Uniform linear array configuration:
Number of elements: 64
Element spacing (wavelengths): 0.75
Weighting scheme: cosine
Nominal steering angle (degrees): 15
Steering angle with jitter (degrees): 13.901
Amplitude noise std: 0.05
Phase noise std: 0.05

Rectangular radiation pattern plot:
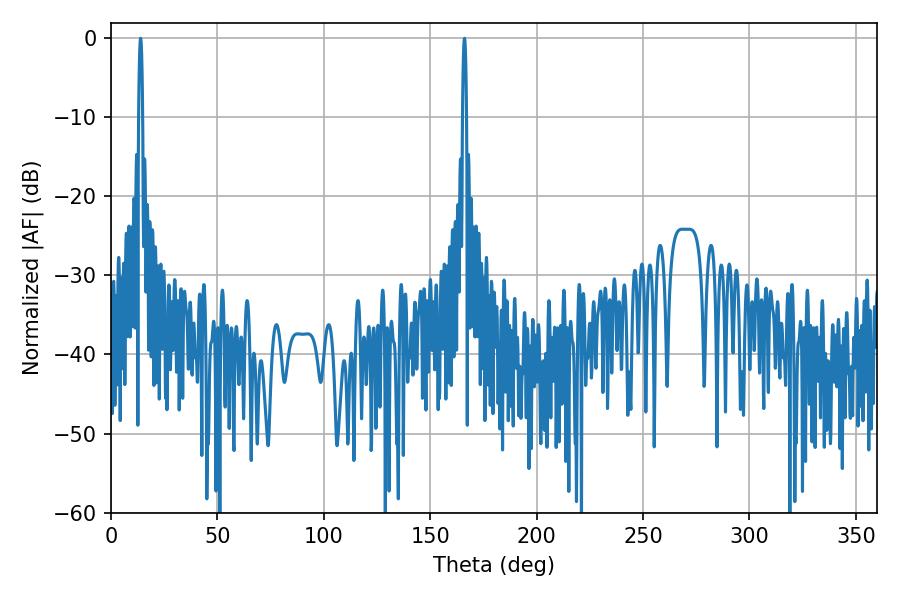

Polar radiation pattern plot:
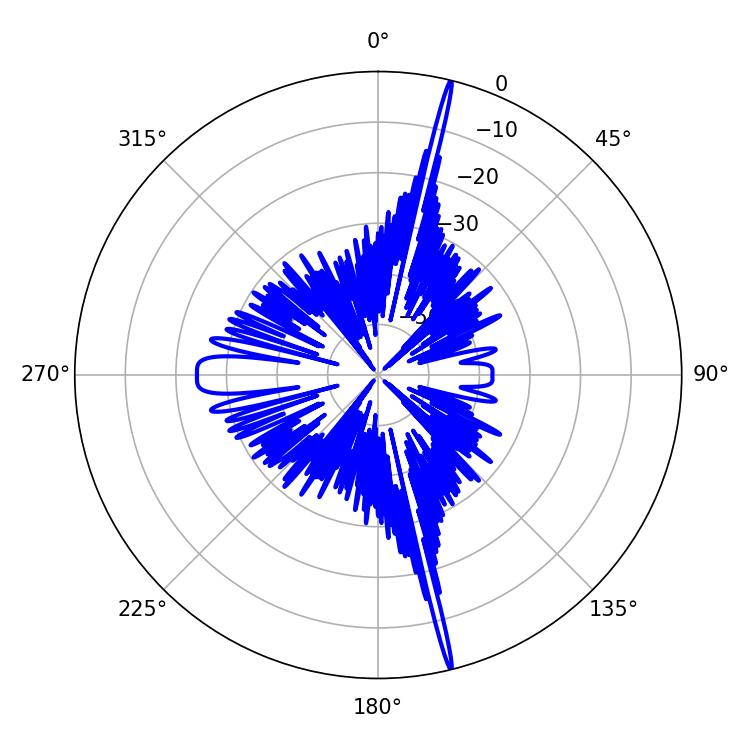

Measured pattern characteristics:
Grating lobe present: TRUE
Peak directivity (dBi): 23.403
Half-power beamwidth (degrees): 0.9
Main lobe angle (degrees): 13.86